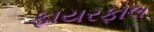
ફાયરફોલ